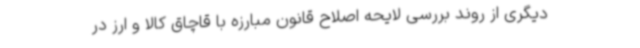
دیگری از روند بررسی لایحه اصلاح قانون مبارزه با قاچاق کالا و ارز در